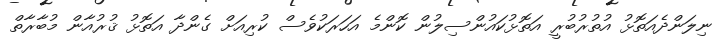
ނިލަންދެއަތޮޅު އުތުރުބުރީ އަތޮޅުކައުންސިލުން ކޮންމެ އަހަރަކުވެސް ކުރިއަށް ގެންދާ އަތޮޅު ޤުރުއާން މުބާރާތް